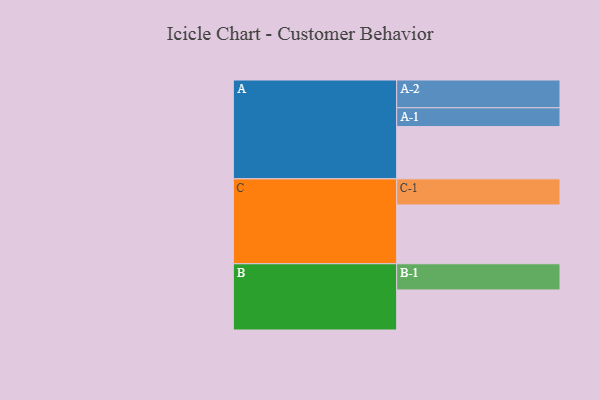
{"axis": {"x": "Segment", "y": "Value"}, "legend": ["", "A", "B", "C"], "data": [{"x": "A", "y": 521, "type": ""}, {"x": "B", "y": 399, "type": ""}, {"x": "C", "y": 586, "type": ""}, {"x": "A-1", "y": 187, "type": "A"}, {"x": "A-2", "y": 277, "type": "A"}, {"x": "B-1", "y": 261, "type": "B"}, {"x": "C-1", "y": 260, "type": "C"}]}